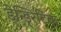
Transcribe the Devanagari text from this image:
डेन्ड्रिटिक